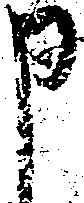
申